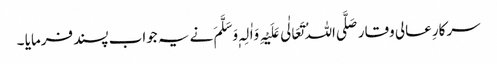
سرکارِ عالی وقار صَلَّی اللہُ تَعَالٰی عَلَیْہِ وَاٰلِہٖ وَسَلَّمَ نے یہ جواب پسند فرمایا ۔